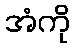
အံကို